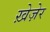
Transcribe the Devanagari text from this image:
ख़ेज़ेर